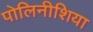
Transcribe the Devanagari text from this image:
पोलिनीशिया